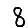
Digit: 8